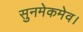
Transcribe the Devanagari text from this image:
सुनमेकमेव।